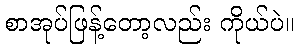
စာအုပ်ဖြန့်တော့လည်း ကိုယ်ပဲ။